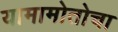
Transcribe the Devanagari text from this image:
यामामोतोचा